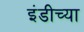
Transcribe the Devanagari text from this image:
इंडीच्या